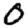
Digit: 0